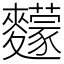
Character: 䵆